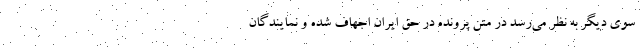
سوی دیگر به نظر می‌رسد در متن پرونده در حق ایران اجهاف شده و نمایندگان